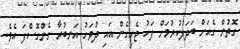
ގޮތުން ގެއަށް ބަދަލުކުރުމަށް ފަހު ޖެހިގެން އައި ދުވަހު އަނބުރާ ގެންގޮސްފަ އެވެ.